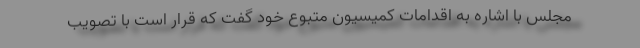
مجلس با اشاره به اقدامات کمیسیون متبوع خود گفت که قرار است با تصویب